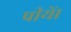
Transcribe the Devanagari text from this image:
पीयें।